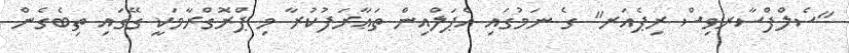
"ސެލްފްސާރވިސް ރިޕެއަރ" ގެ ނަމުގައި އެޕަލްއިން ތަޢާރަފުކުރާ މި ޕްރޮގްރާމަކީ ގޭގައި ތިބެގެން